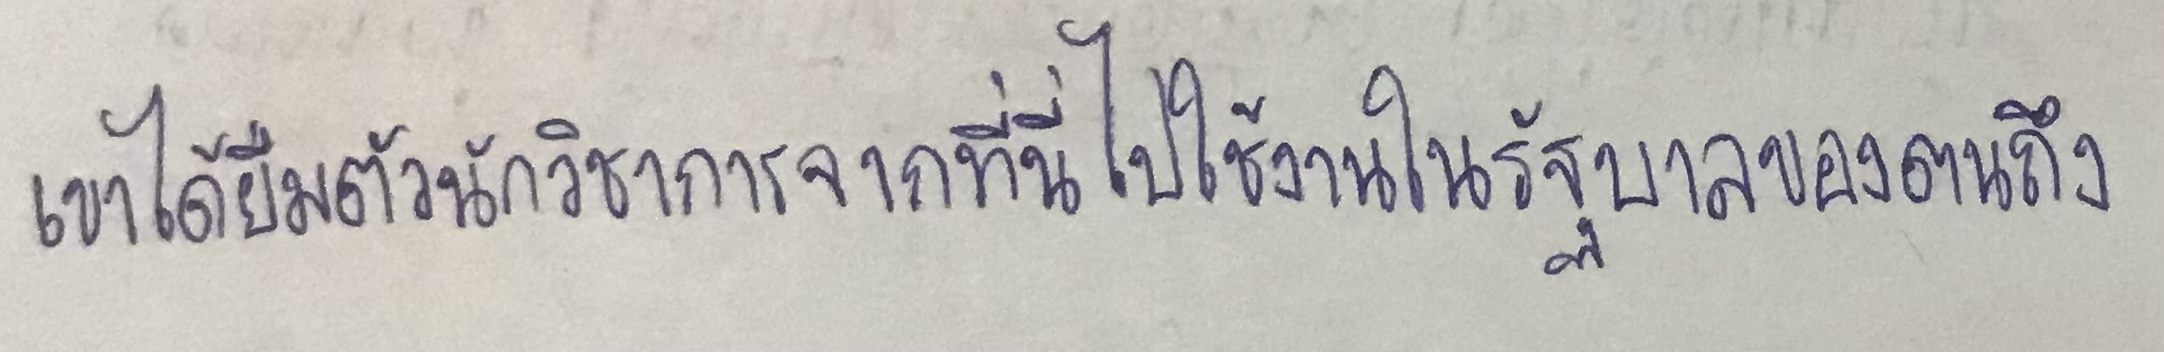
เขาได้ยืมตัวนักวิชาการจากที่นี่ไปใช้งานในรัฐบาลของตนถึง